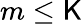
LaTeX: m\le\mathsf{K}